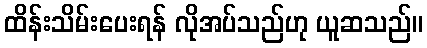
ထိန်းသိမ်းပေးရန် လိုအပ်သည်ဟု ယူဆသည်။